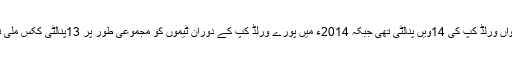
یہ رواں ورلڈ کپ کی 14ویں پنالٹی تھی جبکہ 2014ء میں پورے ورلڈ کپ کے دوران ٹیموں کو مجموعی طور پر 13پنالٹی ککس ملی تھیں۔